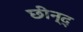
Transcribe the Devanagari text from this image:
छीन्द्